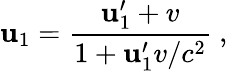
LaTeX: \mathbf{u}_{1}={\frac{{\mathbf{u}_{1}^{\prime}+v}}{{1+\mathbf{u}_{1}^{\prime}v/c^{2}}}}\ ,